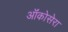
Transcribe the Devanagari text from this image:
ऑंकोसेरा